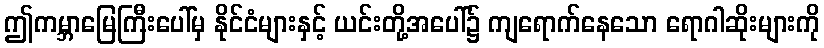
ဤကမ္ဘာမြေကြီးပေါ်မှ နိုင်ငံများနှင့် ယင်းတို့အပေါ်၌ ကျရောက်နေသော ရောဂါဆိုးများကို